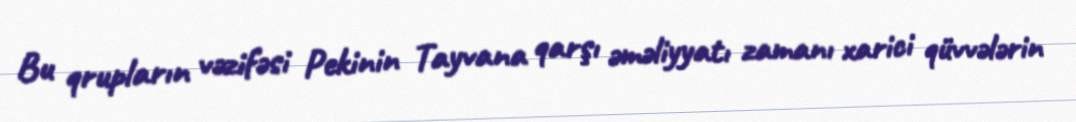
Bu qrupların vəzifəsi Pekinin Tayvana qarşı əməliyyatı zamanı xarici qüvvələrin